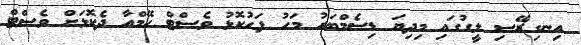
އިނގިރޭސި ލީގުގައި މިދިޔަ ޑިސެމްބަރު މަހު ފަހުކޮޅު ވެސްޓް ހޭމްއާ ދެކޮޅަށް ވެސްޓް